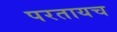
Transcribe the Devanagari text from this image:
परतायच